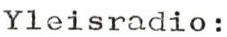
Yleisradio: